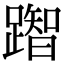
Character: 䠦